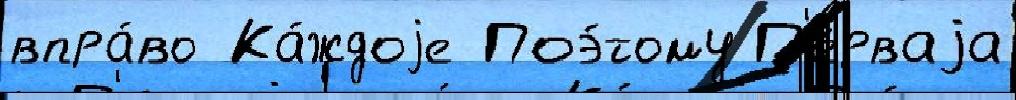
впра́во Ка́ждоjе Поэ́тому П'е́рваjа